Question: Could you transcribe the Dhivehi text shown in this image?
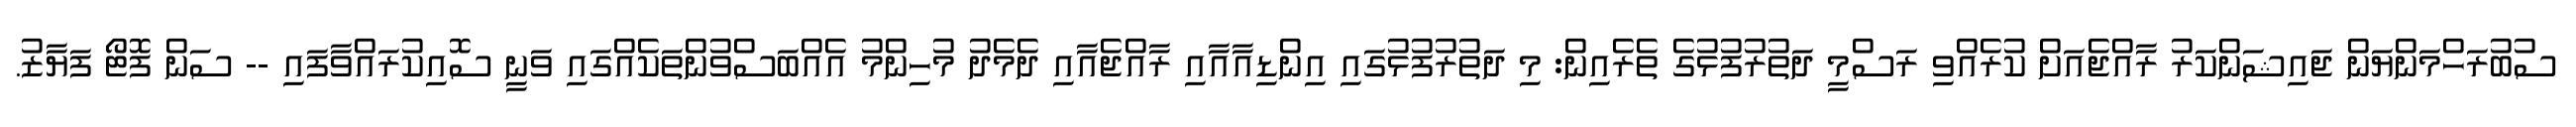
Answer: ސުބުރަހްމަންޔަން ޖައިޝަންކަރު ރާއްޖެއަށް ކުރެއްވި ރަސްމީ ދަތުރުފުޅުގެ ތެރެއިން: މި ދަތުރުފުޅުގައި އިންޑިއާއާއި ރާއްޖެއާއި ދެމެދު މުހިންމު އެއްބަސްވުންތަކެއްގައި ވަނީ ސޮއިކުރައްވާފައި -- ސަން ފޮޓޯ ފަޔާޒު.